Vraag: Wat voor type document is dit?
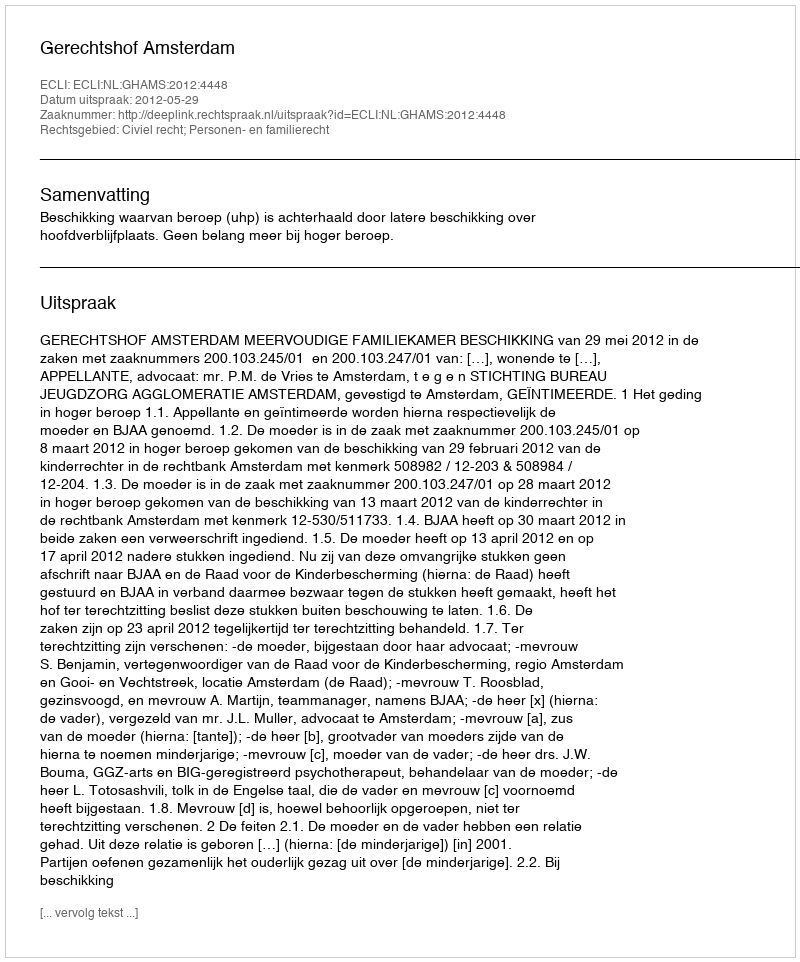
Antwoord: Uitspraak